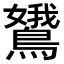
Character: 𬷭